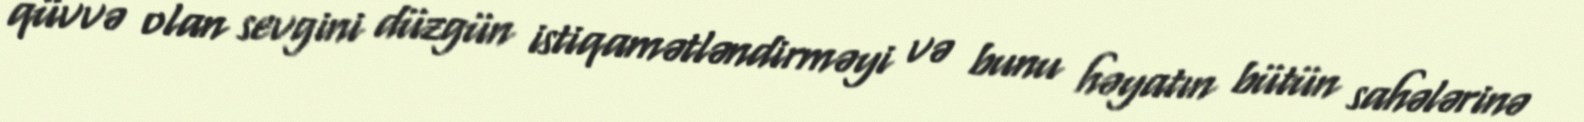
qüvvə olan sevgini düzgün istiqamətləndirməyi və bunu həyatın bütün sahələrinə